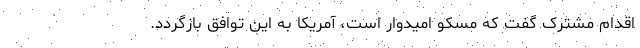
اقدام مشترک گفت که مسکو امیدوار است، آمریکا به این توافق بازگردد.